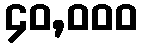
၄၀,၀၀၀